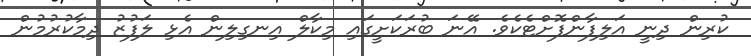
ކުރިން ދިނީ އަލިފާންފޮށްޓެކެވެ. އޭނަ ބުރަކަށީގައި މިކާލް އިނގިލިން އެޅި ލަފުޒު ދިމާކުރުމުން